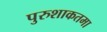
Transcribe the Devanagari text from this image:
पुरुशाकतमा